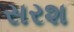
સરશ